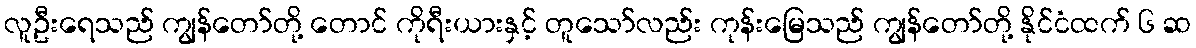
လူဦးရေသည် ကျွန်တော်တို့ တောင် ကိုရီးယားနှင့် တူသော်လည်း ကုန်းမြေသည် ကျွန်တော်တို့ နိုင်ငံထက် ၆ ဆ